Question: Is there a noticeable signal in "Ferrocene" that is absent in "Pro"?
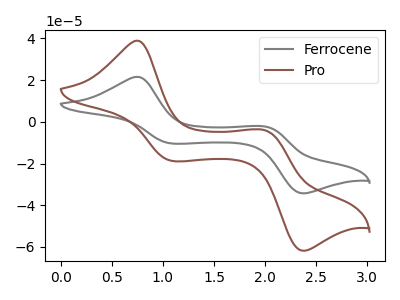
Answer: <think>The gray curve "Ferrocene" has anodic peaks at (0.75V, 21.60uA) (2.00V, -2.25uA) and cathodic peaks at (1.10V, -10.40uA) (2.35V, -34.30uA). The brown curve "Pro" has anodic peaks at (0.75V, 38.90uA) (2.00V, -4.05uA) and cathodic peaks at (1.10V, -18.75uA) (2.35V, -61.80uA).
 All the peaks in "Ferrocene" have a peak in "Pro" at the same potential.</think>
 <answer>No, "Ferrocene" and "Pro" don't appear to be significantly different in shape</answer>
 <eval>no_change</eval>